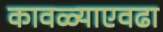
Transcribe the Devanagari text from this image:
कावळ्याएवढा